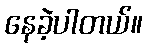
နေခဲ့ပါတယ်။